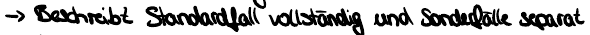
-> Beschreibt Standardfall vollständig und Sonderfälle separat